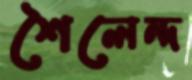
শৈলেন্দ